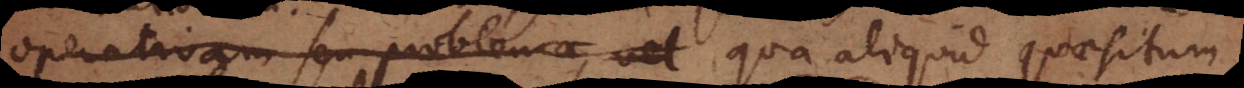
operativam seu problema, vel qua erimus enuntiation